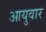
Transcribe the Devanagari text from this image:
आयुवार